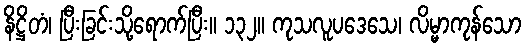
နိဋ္ဌိတံ၊ ပြီးခြင်းသို့ရောက်ပြီး။ ၁၃၂။ ကုသလူပဒေသေ၊ လိမ္မာကုန်သော